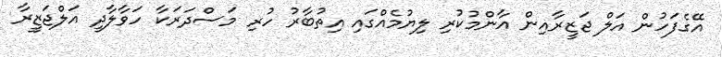
އޭގެފަހުން އަލް ޖަޒީރާއިން އާންމުކުރި ލިޔުމެއްގައި އިތުބާރު ހުރި މަސްދަރަކާ ހަވާލާދީ އަލްޖަޒީރާ